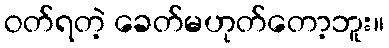
ဝတ်ရတဲ့ ခေတ်မဟုတ်တော့ဘူး။